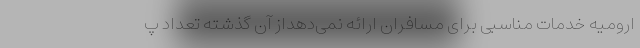
ارومیه خدمات مناسبی برای مسافران ارائه نمی‌دهداز آن گذشته تعداد پ